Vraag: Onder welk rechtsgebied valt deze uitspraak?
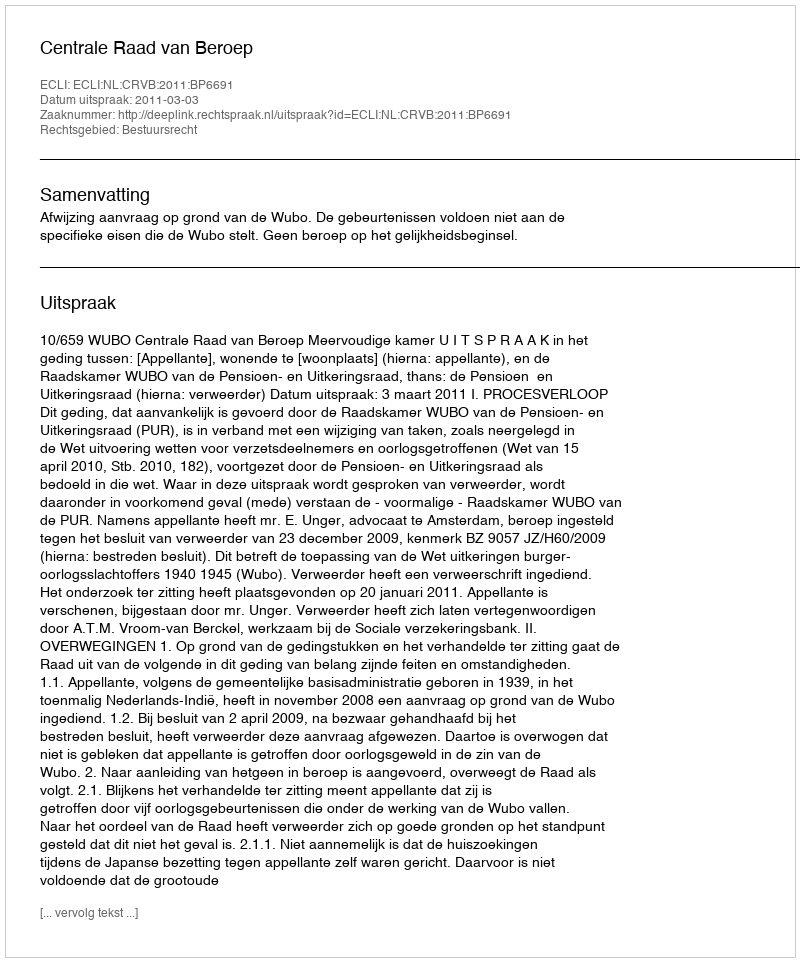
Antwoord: Bestuursrecht